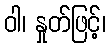
ဝါ၊ နှုတ်ဖြင့်၊